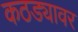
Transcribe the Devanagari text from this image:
कठड्यावर